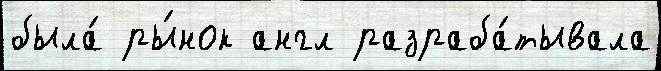
была́ ры́нок англ разраба́тывала